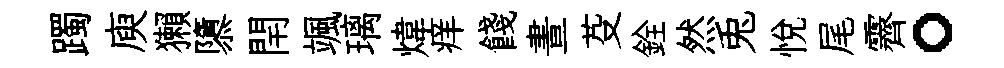
躅庾獺隳閈颯璃煒痒餞晝芟銓然兎悦尾霽。